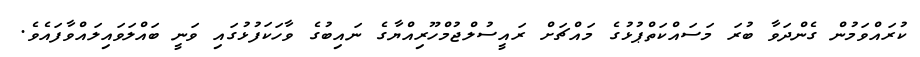
ކުރައްވަމުން ގެންދަވާ ބުރަ މަސައްކަތްޕުޅުގެ މައްޗަށް ރައީސުލްޖުމްހޫރިއްޔާގެ ނައިބުގެ ވާހަކަފުޅުގައި ވަނީ ބައްލަވައިލައްވާފައެވެ.